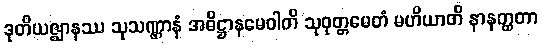
ဒုတိယဇ္ဈာနဿ သုသဏ္ဌာနံ အဓိဋ္ဌာနမေဝါတိ သုဝုတ္တမေတံ မဟိယာတိ နာနတ္ထတာ